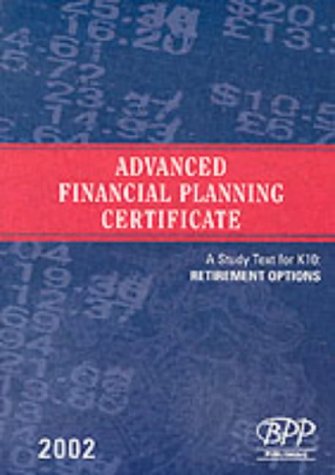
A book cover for Advanced Financial Planning Certificate - Half-Credit Exams - K10: Retirement Options: Study Text (2002); BPP; Business & Money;